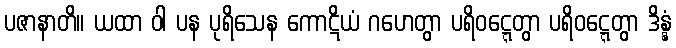
ပဇာနာတိ။ ယထာ ဝါ ပန ပုရိသေန ကောဋိယံ ဂဟေတွာ ပရိဝဋ္ဋေတွာ ပရိဝဋ္ဋေတွာ ဒိန္နံ